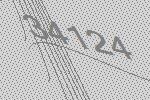
34124